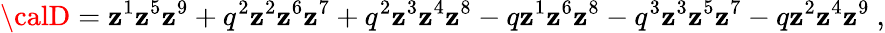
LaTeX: {\calD}=\mathbf{z}^{1}\mathbf{z}^{5}\mathbf{z}^{9}+q^{2}\mathbf{z}^{2}\mathbf{z}^{6}\mathbf{z}^{7}+q^{2}\mathbf{z}^{3}\mathbf{z}^{4}\mathbf{z}^{8}-q\mathbf{z}^{1}\mathbf{z}^{6}\mathbf{z}^{8}-q^{3}\mathbf{z}^{3}\mathbf{z}^{5}\mathbf{z}^{7}-q\mathbf{z}^{2}\mathbf{z}^{4}\mathbf{z}^{9}\ ,